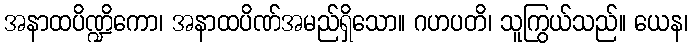
အနာထပိဏ္ဍိကော၊ အနာထပိဏ်အမည်ရှိသော။ ဂဟပတိ၊ သူကြွယ်သည်။ ယေန၊